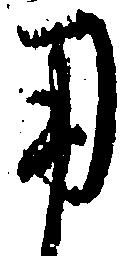
用